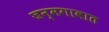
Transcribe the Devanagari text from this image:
जन्मगावात